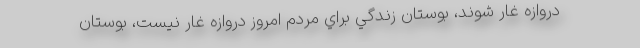
دروازه غار شوند، بوستان زندگي براي مردم امروز دروازه غار نيست، بوستان